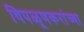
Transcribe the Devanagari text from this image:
चिपळूणकरांच्या